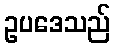
ဥပဒေသည်